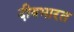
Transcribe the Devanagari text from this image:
दीवभारत